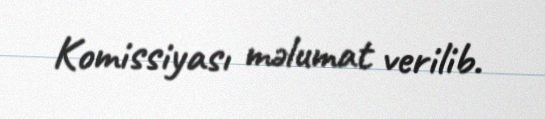
Komissiyası məlumat verilib.